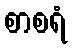
စာစရံ